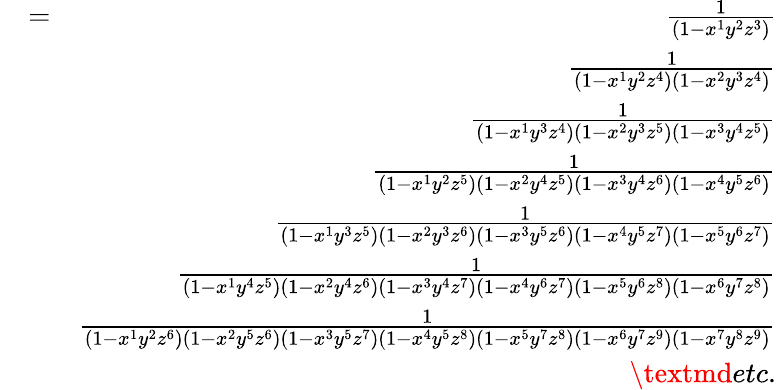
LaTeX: \begin{array}{rlr}&{=}&{\frac{1}{(1-x^{1}y^{2}z^{3})}}\\ &{}&{\frac{1}{(1-x^{1}y^{2}z^{4})(1-x^{2}y^{3}z^{4})}}\\ &{}&{\frac{1}{(1-x^{1}y^{3}z^{4})(1-x^{2}y^{3}z^{5})(1-x^{3}y^{4}z^{5})}}\\ &{}&{\frac{1}{(1-x^{1}y^{2}z^{5})(1-x^{2}y^{4}z^{5})(1-x^{3}y^{4}z^{6})(1-x^{4}y^{5}z^{6})}}\\ &{}&{\frac{1}{(1-x^{1}y^{3}z^{5})(1-x^{2}y^{3}z^{6})(1-x^{3}y^{5}z^{6})(1-x^{4}y^{5}z^{7})(1-x^{5}y^{6}z^{7})}}\\ &{}&{\frac{1}{(1-x^{1}y^{4}z^{5})(1-x^{2}y^{4}z^{6})(1-x^{3}y^{4}z^{7})(1-x^{4}y^{6}z^{7})(1-x^{5}y^{6}z^{8})(1-x^{6}y^{7}z^{8})}}\\ &{}&{\frac{1}{(1-x^{1}y^{2}z^{6})(1-x^{2}y^{5}z^{6})(1-x^{3}y^{5}z^{7})(1-x^{4}y^{5}z^{8})(1-x^{5}y^{7}z^{8})(1-x^{6}y^{7}z^{9})(1-x^{7}y^{8}z^{9})}}\\ &{}&{\textmd{etc.}}\end{array}